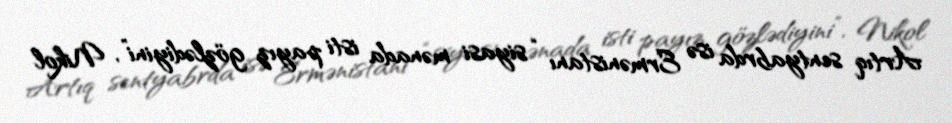
Artıq sentyabrda isə Ermənistanı “siyasi mənada isti payız gözlədiyini”, Nikol